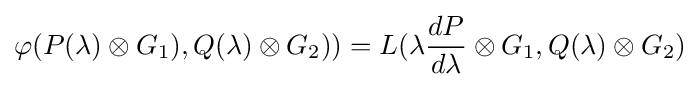
\varphi (P(\lambda )\otimes G_{1}),Q(\lambda )\otimes G_{2}))=L(\lambda {\frac {dP}{d\lambda }}\otimes G_{1},Q(\lambda )\otimes G_{2})